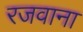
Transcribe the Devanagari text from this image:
रजवाना